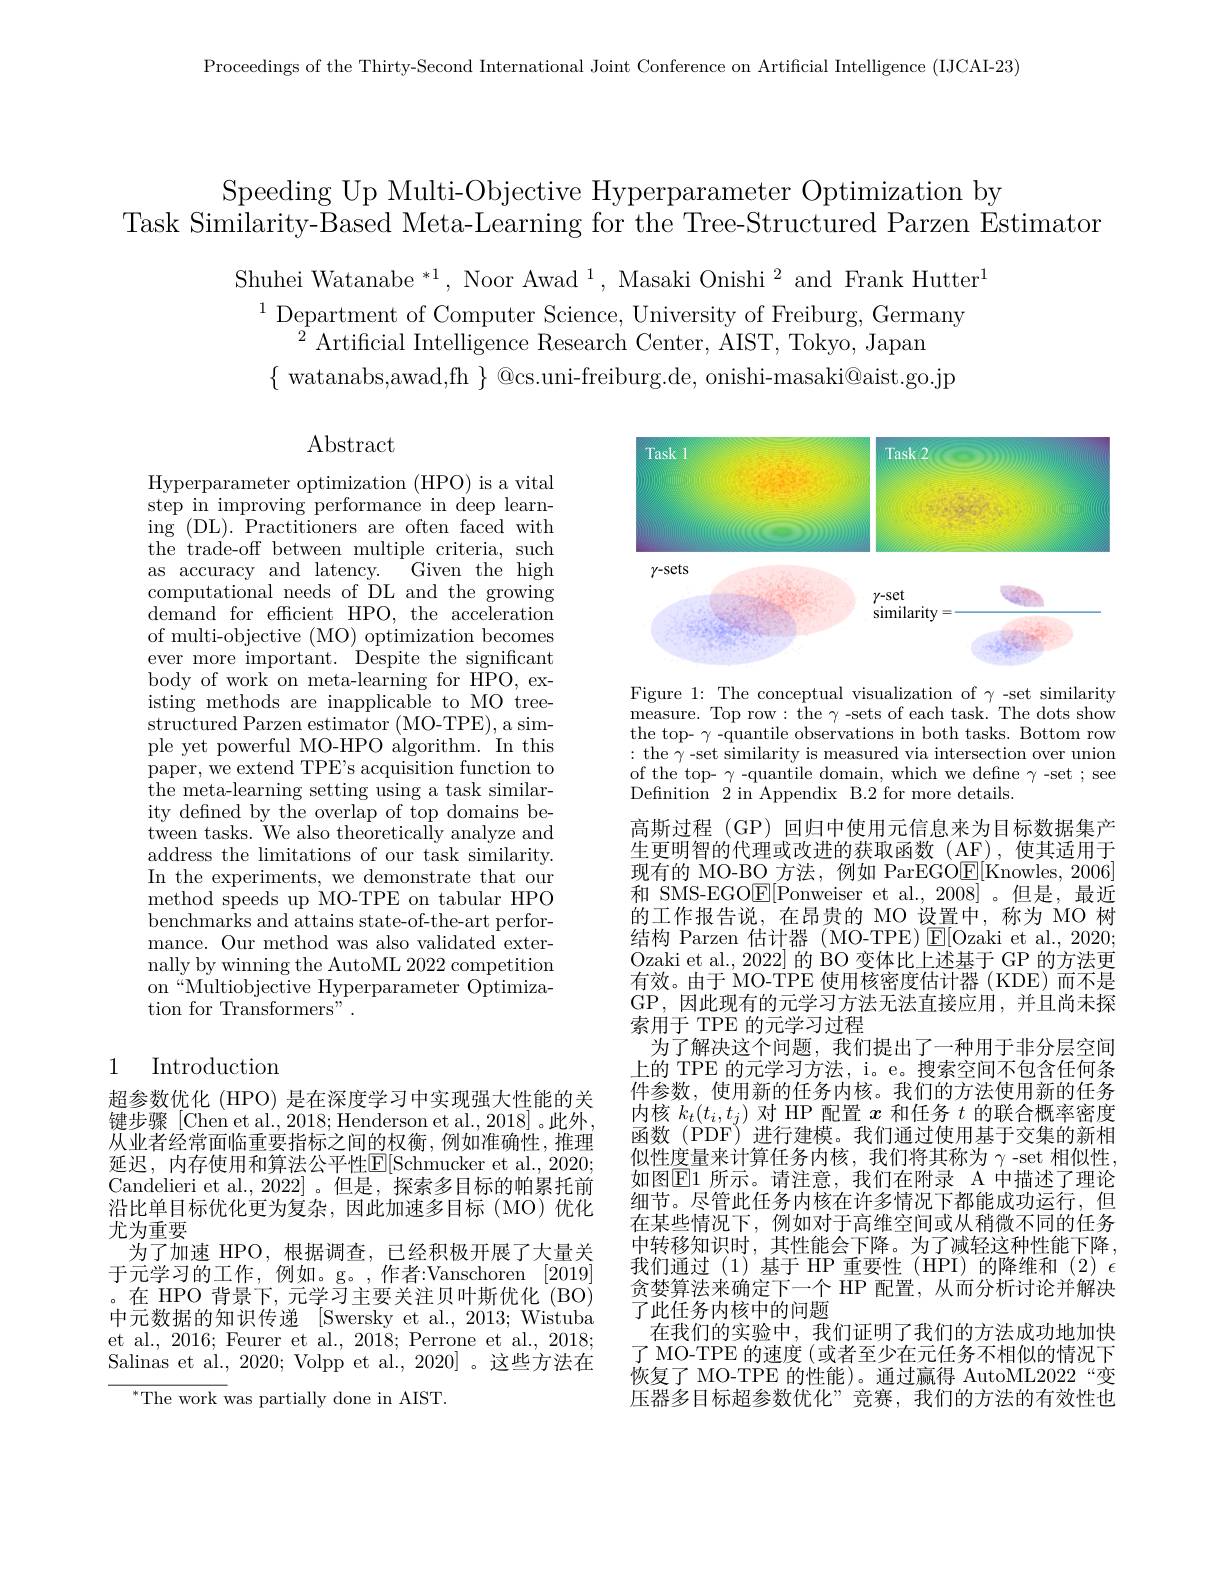
Proceedings of the Thirty-Second International Joint Conference on Artificial Intelligence (IJCAI-23)

Speeding Up Multi-Objective Hyperparameter Optimization by
Task Similarity-Based Meta-Learning for the Tree-Structured Parzen Estimator

Shuhei Watanabe $^*1,\text{Noor Awad}^1,\text{Masaki Onishi}^2$ and Frank Hutter$^1$
$^{1}$Department of Computer Science, University of Freiburg, Germany
$^{\hat{2}}$Artificial Intelligence Research Center, ÅIST, Tokyo, Japan
$\{$ watanabs,awad,fh $\}$ @cs.uni-freiburg.de, onishi-masaki@aist.go.jp

## $\operatorname{Abstract}$

<FigureHere>

Figure 1: The conceptual visualization of $\gamma$ -set similarity measure. Top row: the $\gamma$-sets of each task. The dots show the top- $\gamma$ -quantile observations in both tasks. Bottom row : the $\gamma$-set similarity is measured via intersection over union of the top- $\gamma$ -quantile domain, which we define $\gamma$-set ; see ${\mathrm{Definition~2~in~Appendix~B.2~for~more~details.}}$

Hyperparameter optimization (HPO) is a vital step in improving performance in deep learn- $\operatorname{ing}($DL).Practitioners are often faced with the trade-off between multiple criteria, such as accuracy and latency. Given the high computational needs of DL and the growing $\dot{\text{demand for efficient HPO, the acceleration}}$ of multi-objective (MO) optimization becomes ever more important. Despite the significant body of work on meta-learning for HPO, existing methods are inapplicable to MO tree- $\bar{\text{structured Parzen estimator (MO-TPE), a sim-}}$ ple yet powerful MO-HPO algorithm. In this paper, we extend TPE's acquisition function to the meta-learning setting using a task similarity defined by the overlap of top domains between tasks. We also theoretically analyze and address the limitations of our task similarity. In the experiments, we demonstrate that our ${\mathrm{method~speeds~up~MO-TPE~on~tabular~HPO}}$ benchmarks and attains state-of-the-art performance. Our method was also validated externally by winning the AutoML 2022 competition on Multiobjective Hyperparameter Optimization for Transformers" .

## 1 Introduction

高斯过程 (GP) 回归中使用元信息来为目标数据集产生更明智的代理或改进的获取函数(AE),使其适用于现有的 MO-BO 方法，例如 ParEGO$\underline{\mathrm{E}}[$Knowles,2006] 和 SMS-EGO$\mathbb{E}[$Ponweiser et al.,2008]。但是，最近的工作报告说，在昂贵的 MO 设置中，称为 MO 树结构 Parzen 估计器 (MO-TPE) $\mathsf{E}[$Ozaki et al., 2020; Ozaki et al., 2022] 的 BO 变体比上述基于 GP 的方法更有效。由于 MO-TPE 使用核密度估计器 (KDE)而不是GP,因此现有的元学习方法无法直接应用，并且尚未探索用于 TPE 的元学习过程
为了解决这个问题，我们提出了一种用于非分层空间上的 TPE 的元学习方法，i。e。搜索空间不包含任何条件参数，使用新的任务内核。我们的方法使用新的任务内核$k_t(t_i,t_j)$对 HP 配置$x$和任务$t$的联合概率密度函数(PDF)进行建模。我们通过使用基于交集的新相似性度量来计算任务内核，我们将其称为$\gamma$-set相似性， 如图$\underline{\mathrm{E1}}$ 所示。请注意，我们在附录 A 中描述了理论细节。尽管此任务内核在许多情况下都能成功运行，但在某些情况下，例如对于高维空间或从稍微不同的任务中转移知识时，其性能会下降。为了减轻这种性能下降我们通过(1)基于 HP 重要性 (HPI) 的降维和 (2) $\epsilon$ 贪婪算法来确定下一个 HP 配置，从而分析讨论并解决了此任务内核中的问题
在我们的实验中，我们证明了我们的方法成功地加快了 MO-TPE 的速度(或者至少在元任务不相似的情况下恢复了 MO-TPE 的性能)。通过赢得 AutoML2022“变压器多目标超参数优化”竞赛，我们的方法的有效性也

沿比单目标优化更为复杂，因此加速多目标(MO)优化
尤为重要
为了加速 HPO,根据调查，已经积极开展了大量关

超参数优化 (HPO) 是在深度学习中实现强大性能的关键步骤[Chen et al., 2018; Henderson et al., 2018]。此外， 从业者经常面临重要指标之间的权衡，例如准确性，推理延迟，内存使用和算法公平性$\mathbb{E}[$Schmucker et al., 2020; Candelieri et al.,2022]。但是，探索多目标的帕累托前于元学习的工作，例如。g。,作者：Vanschoren [2019] ,在 HPO 背景下，元学习主要关注贝叶斯优化 (BO) 中元数据的知识传递 [Swersky et al., 2013; Wistuba et al., 2016; Feurer et al., 2018; Perrone et al., 2018; Salinas et al., 2020; Volpp et al., 2020] 。这些方法在
$^{*}$The work was partially done in AIST.